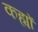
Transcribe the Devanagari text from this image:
कह्यों